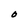
Character: O